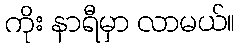
ကိုး နာရီမှာ လာမယ်။